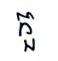
កួ